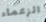
الزعماء